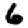
Digit: 6